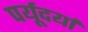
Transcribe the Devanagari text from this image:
पर्यूदर्या